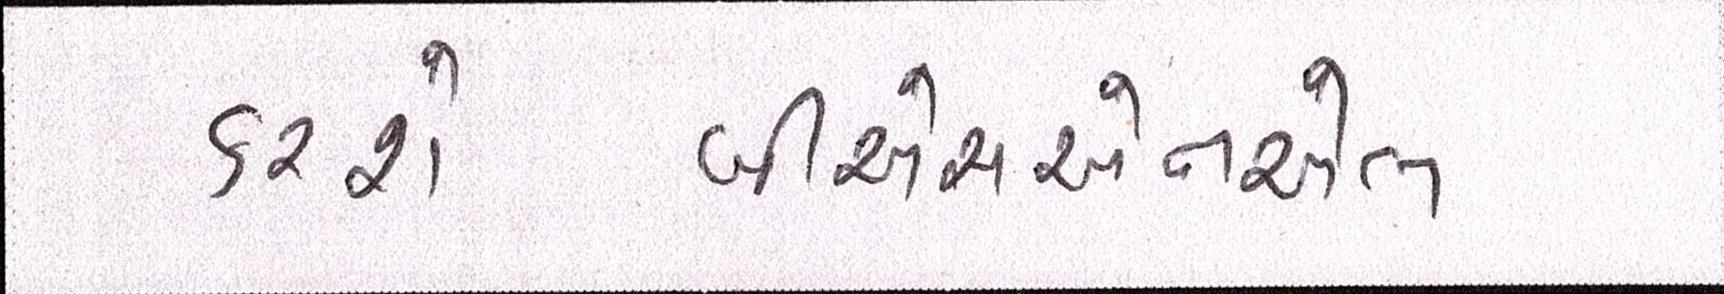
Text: કરશેબીએસએનએલ